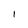
Character: 1